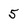
Character: 5